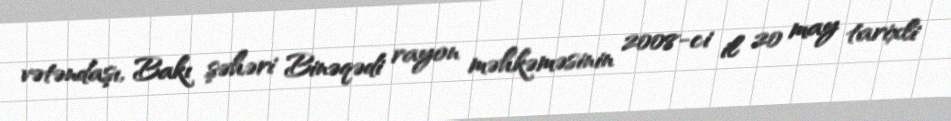
vətəndaşı, Bakı şəhəri Binəqədi rayon məhkəməsinin 2008-ci il 20 may tarixli